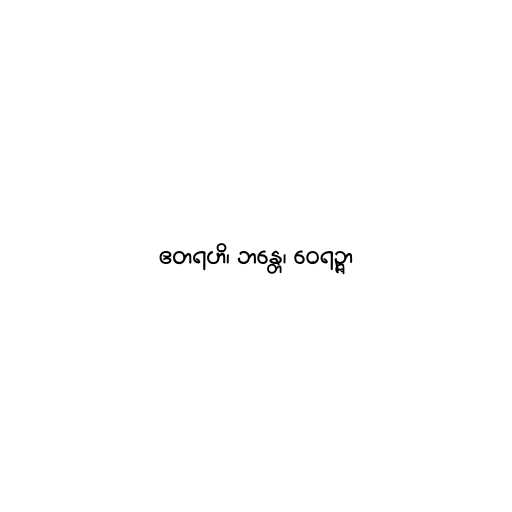
ဧတရဟိ၊ ဘန္တေ၊ ဝေရဉ္ဇာ